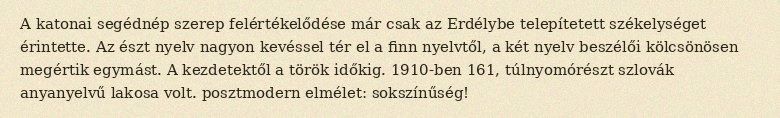
A katonai segédnép szerep felértékelődése már csak az Erdélybe telepítetett székelységet érintette. Az észt nyelv nagyon kevéssel tér el a finn nyelvtől, a két nyelv beszélői kölcsönösen megértik egymást. A kezdetektől a török időkig. 1910-ben 161, túlnyomórészt szlovák anyanyelvű lakosa volt. posztmodern elmélet: sokszínűség!